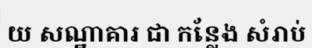
យ សណ្ឋាគារ ជា កន្លែង សំរាប់